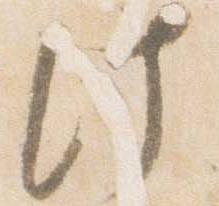
此